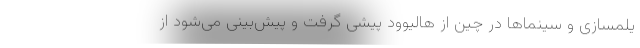
یلمسازی و سینماها در چین از هالیوود پیشی گرفت و پیش‌بینی می‌شود از